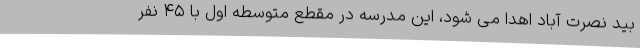
بید نصرت آباد اهدا می شود، این مدرسه در مقطع متوسطه اول با ۴۵ نفر